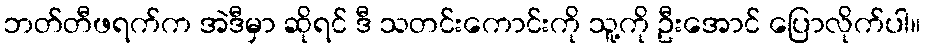
ဘတ်တီဖရက်က အဲဒီမှာ ဆိုရင် ဒီ သတင်းကောင်းကို သူ့ကို ဦးအောင် ပြောလိုက်ပါ။